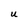
Character: U